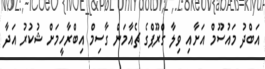
އަބްދު މައުސޫމް އަށާއި ވިލާ ގްރޫޕްގެ ޗެއާމަން ގާސިމް އިބްރާހީމަށް ޝުކުރު އަދާ